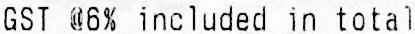
GST @6% INCLUDED IN TOTAL